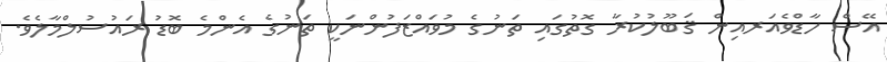
އޭސް ހާޑްވެއަރއިން ޤަބޫލުކުރާ ގޮތުގައި ތަނުގެ މުވައްޒަފުންނަކީ ތަނުގެ އެންމެ ބޮޑު ރައުސުލްމާލެވެ.